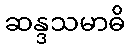
ဆန္ဒသမာဓိ